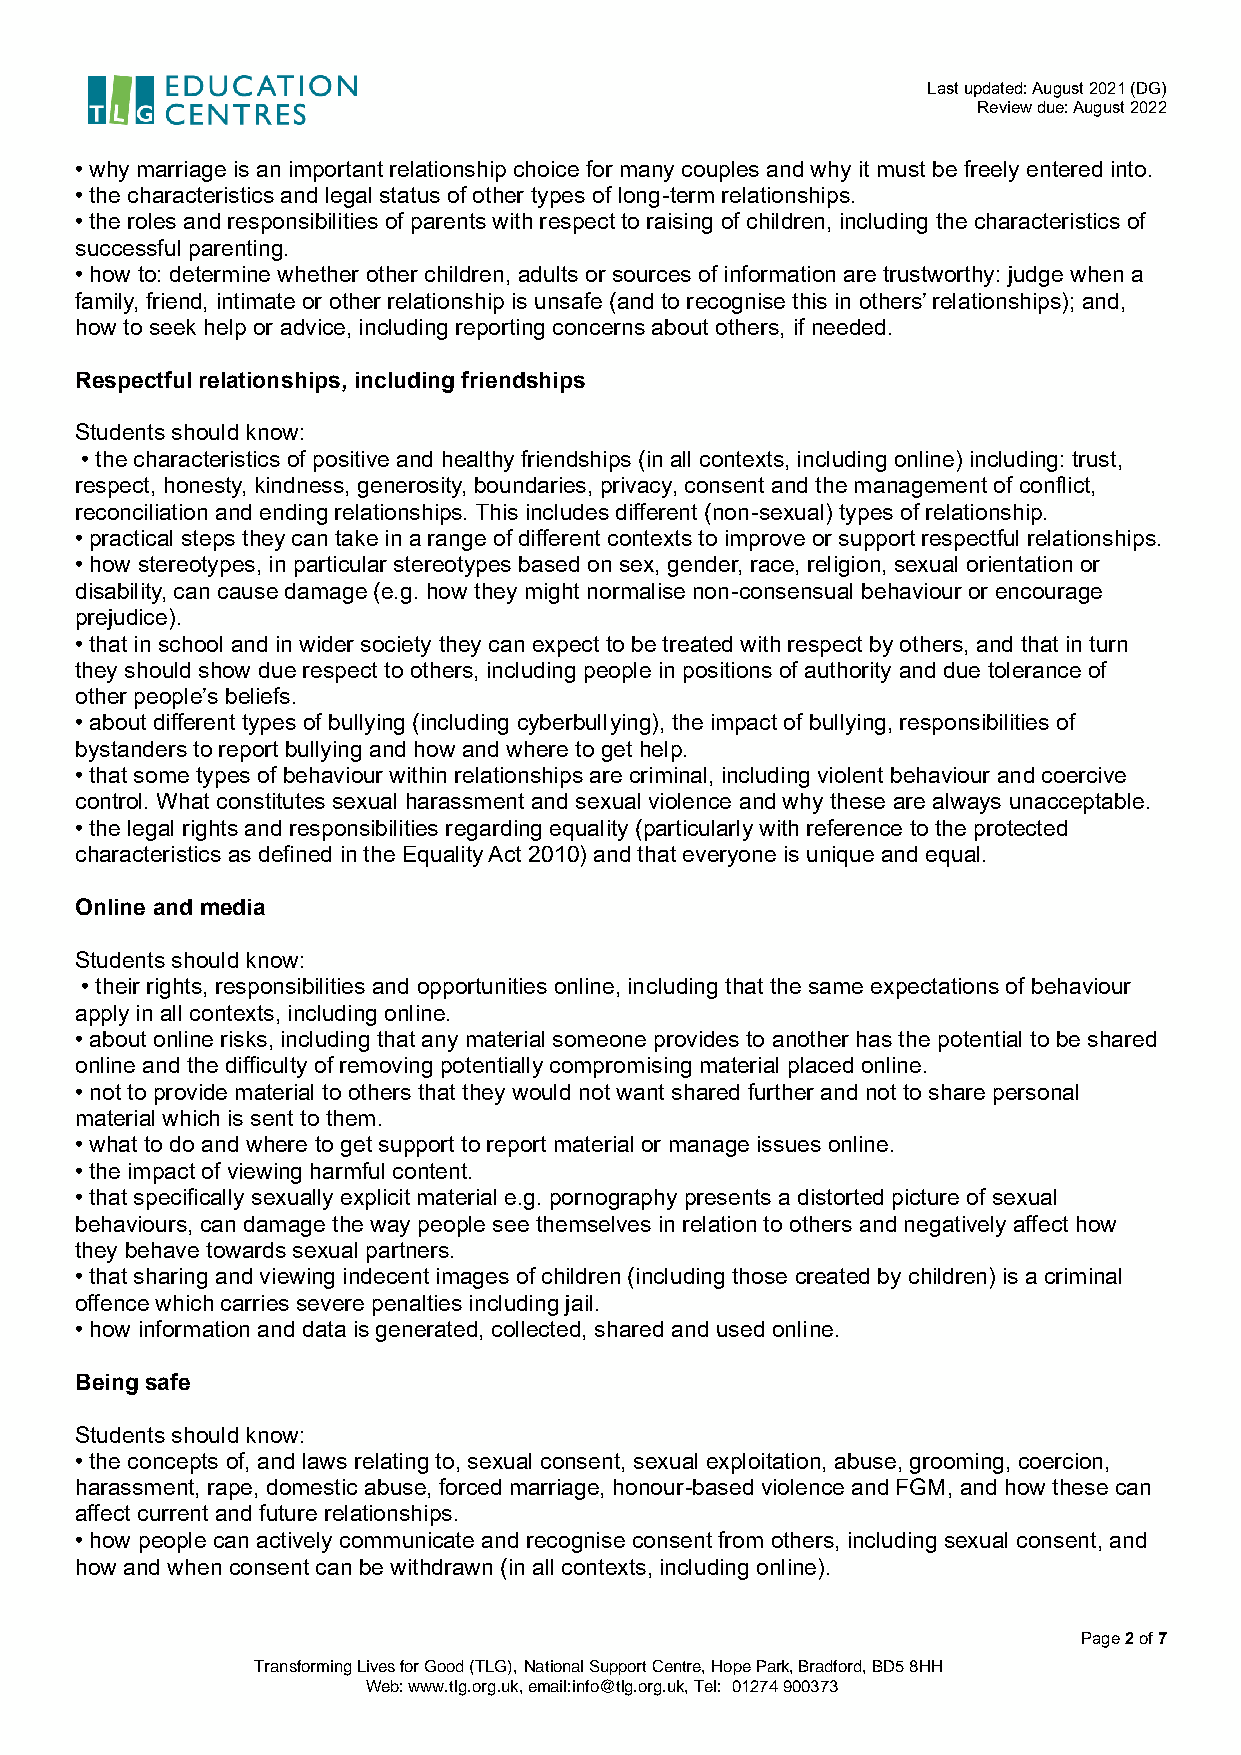
Last updated: August 2021 (DG)
 Review due: August 2022
 • why marriage is an important relationship choice for many couples and why it must be freely entered into.
 • the characteristics and legal status of other types of long-term relationships.
 • the roles and responsibilities of parents with respect to raising of children, including the characteristics of
 successful parenting.
 • how to: determine whether other children, adults or sources of information are trustworthy: judge when a
 family, friend, intimate or other relationship is unsafe (and to recognise this in others’ relationships); and,
 how to seek help or advice, including reporting concerns about others, if needed.
 Respectful relationships, including friendships
 Students should know:
 • the characteristics of positive and healthy friendships (in all contexts, including online) including: trust,
 respect, honesty, kindness, generosity, boundaries, privacy, consent and the management of conflict,
 reconciliation and ending relationships. This includes different (non-sexual) types of relationship.
 • practical steps they can take in a range of different contexts to improve or support respectful relationships.
 • how stereotypes, in particular stereotypes based on sex, gender, race, religion, sexual orientation or
 disability, can cause damage (e.g. how they might normalise non-consensual behaviour or encourage
 prejudice).
 • that in school and in wider society they can expect to be treated with respect by others, and that in turn
 they should show due respect to others, including people in positions of authority and due tolerance of
 other people’s beliefs.
 • about different types of bullying (including cyberbullying), the impact of bullying, responsibilities of
 bystanders to report bullying and how and where to get help.
 • that some types of behaviour within relationships are criminal, including violent behaviour and coercive
 control. What constitutes sexual harassment and sexual violence and why these are always unacceptable.
 • the legal rights and responsibilities regarding equality (particularly with reference to the protected
 characteristics as defined in the Equality Act 2010) and that everyone is unique and equal.
 Online and media
 Students should know:
 • their rights, responsibilities and opportunities online, including that the same expectations of behaviour
 apply in all contexts, including online.
 • about online risks, including that any material someone provides to another has the potential to be shared
 online and the difficulty of removing potentially compromising material placed online.
 • not to provide material to others that they would not want shared further and not to share personal
 material which is sent to them.
 • what to do and where to get support to report material or manage issues online.
 • the impact of viewing harmful content.
 • that specifically sexually explicit material e.g. pornography presents a distorted picture of sexual
 behaviours, can damage the way people see themselves in relation to others and negatively affect how
 they behave towards sexual partners.
 • that sharing and viewing indecent images of children (including those created by children) is a criminal
 offence which carries severe penalties including jail.
 • how information and data is generated, collected, shared and used online.
 Being safe
 Students should know:
 • the concepts of, and laws relating to, sexual consent, sexual exploitation, abuse, grooming, coercion,
 harassment, rape, domestic abuse, forced marriage, honour-based violence and FGM, and how these can
 affect current and future relationships.
 • how people can actively communicate and recognise consent from others, including sexual consent, and
 how and when consent can be withdrawn (in all contexts, including online).
 Page 2 of 7
 Transforming Lives for Good (TLG), National Support Centre, Hope Park, Bradford, BD5 8HH
 Web: www.tlg.org.uk, email:info@tlg.org.uk, Tel: 01274 900373